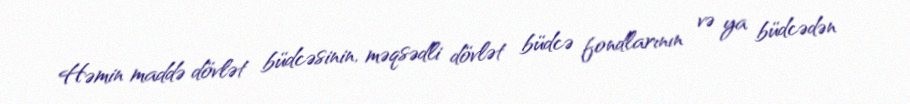
Həmin maddə dövlət büdcəsinin, məqsədli dövlət büdcə fondlarının və ya büdcədən